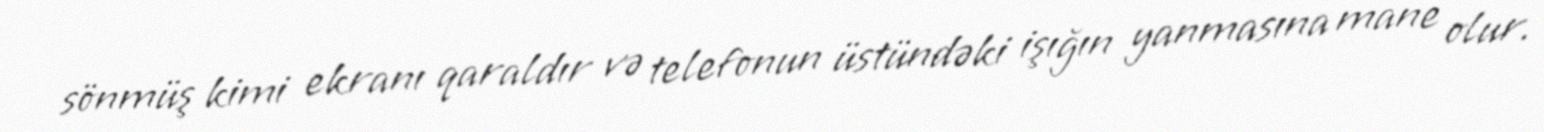
sönmüş kimi ekranı qaraldır və telefonun üstündəki işığın yanmasına mane olur.